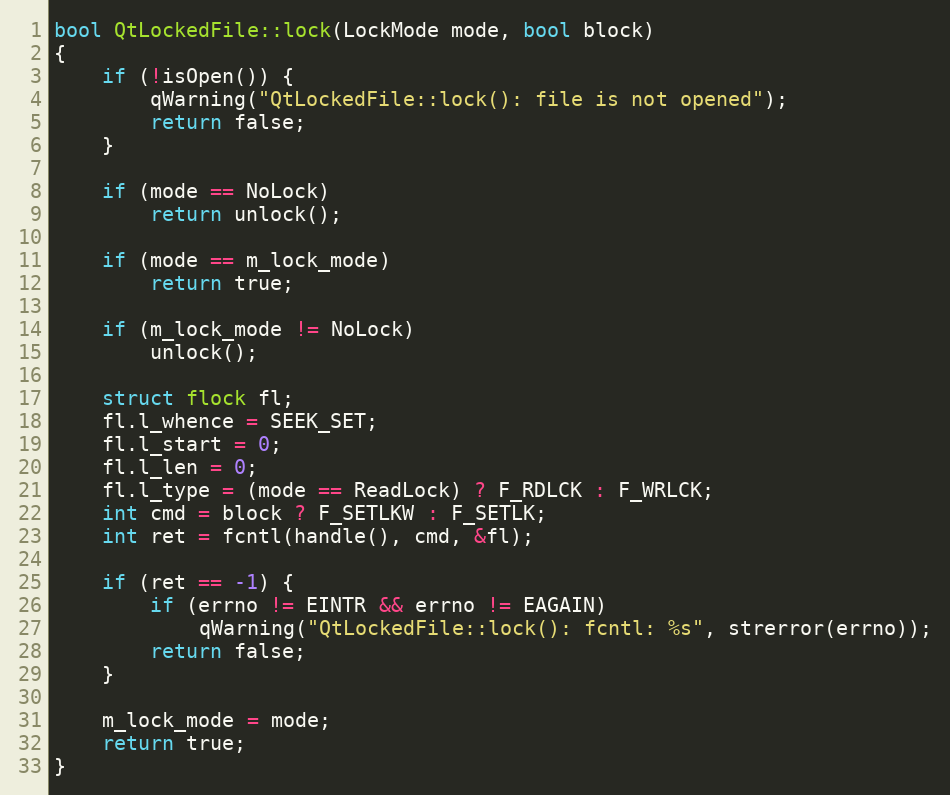
Language: C++
bool QtLockedFile::lock(LockMode mode, bool block)
{
    if (!isOpen()) {
        qWarning("QtLockedFile::lock(): file is not opened");
        return false;
    }

    if (mode == NoLock)
        return unlock();

    if (mode == m_lock_mode)
        return true;

    if (m_lock_mode != NoLock)
        unlock();

    struct flock fl;
    fl.l_whence = SEEK_SET;
    fl.l_start = 0;
    fl.l_len = 0;
    fl.l_type = (mode == ReadLock) ? F_RDLCK : F_WRLCK;
    int cmd = block ? F_SETLKW : F_SETLK;
    int ret = fcntl(handle(), cmd, &fl);

    if (ret == -1) {
        if (errno != EINTR && errno != EAGAIN)
            qWarning("QtLockedFile::lock(): fcntl: %s", strerror(errno));
        return false;
    }

    m_lock_mode = mode;
    return true;
}